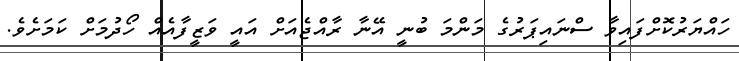
ހައްޔަރުކޮށްފައިވާ ސްނައިޕަރުގެ މަންމަ ބުނީ އޭނާ ރާއްޖެއަށް އައީ ވަޒީފާއެއް ހޯދުމަށް ކަމަށެވެ.